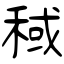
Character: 稢